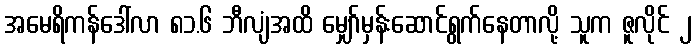
အမေရိကန်ဒေါ်လာ ၈၁.၆ ဘီလျံအထိ မျှော်မှန်းဆောင်ရွက်နေတာလို့ သူက ဇူလိုင် ၂